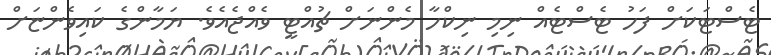
ޓެސްޓަކަށް ފަހު ޓެސްޓެއް ނިމި ނިކްހާ މެންނަށް ޗުއްޓީ ވެއްޖެއެވެ. ޔަމާންގެ ކައިވެންޏަށް